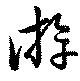
游